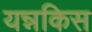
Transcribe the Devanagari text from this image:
यन्नकिस